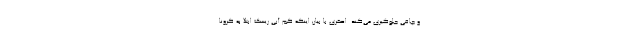
و چاقی جلوگیری می‌کند. اصغری با بیان اینکه کم آبی ریسک ابتلا به کرونا